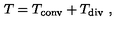
T = T _ { \mathrm { c o n v } } + T _ { \mathrm { d i v } } \ ,